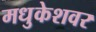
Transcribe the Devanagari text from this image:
मधुकेशवर